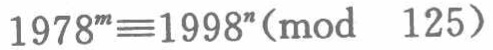
\(1978^{n}\equiv1998^{n}(\text{mod } 125)\)